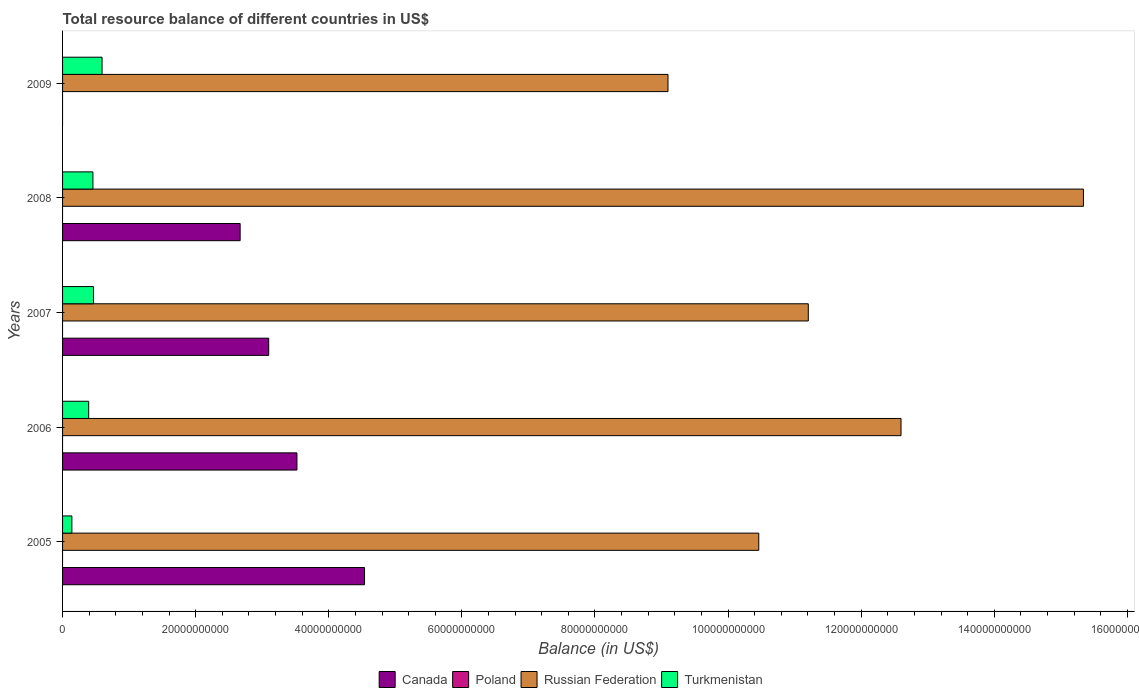
| Years | Canada | Poland | Russian Federation | Turkmenistan |
 | --- | --- | --- | --- | --- |
 | 2005 | 4.54e+10 | -2.87e+09 | 1.05e+11 | 1.4e+09 |
 | 2006 | 3.52e+10 | -6.52e+09 | 1.26e+11 | 3.92e+09 |
 | 2007 | 3.1e+10 | -1.42e+10 | 1.12e+11 | 4.65e+09 |
 | 2008 | 2.67e+10 | -2.58e+10 | 1.53e+11 | 4.56e+09 |
 | 2009 | -2.01e+10 | -3.29e+09 | 9.1e+10 | 5.93e+09 |